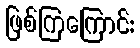
ဖြစ်ကြကြောင်း